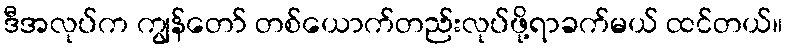
ဒီအလုပ်က ကျွန်တော် တစ်ယောက်တည်းလုပ်ဖို့ရာခက်မယ် ထင်တယ်။